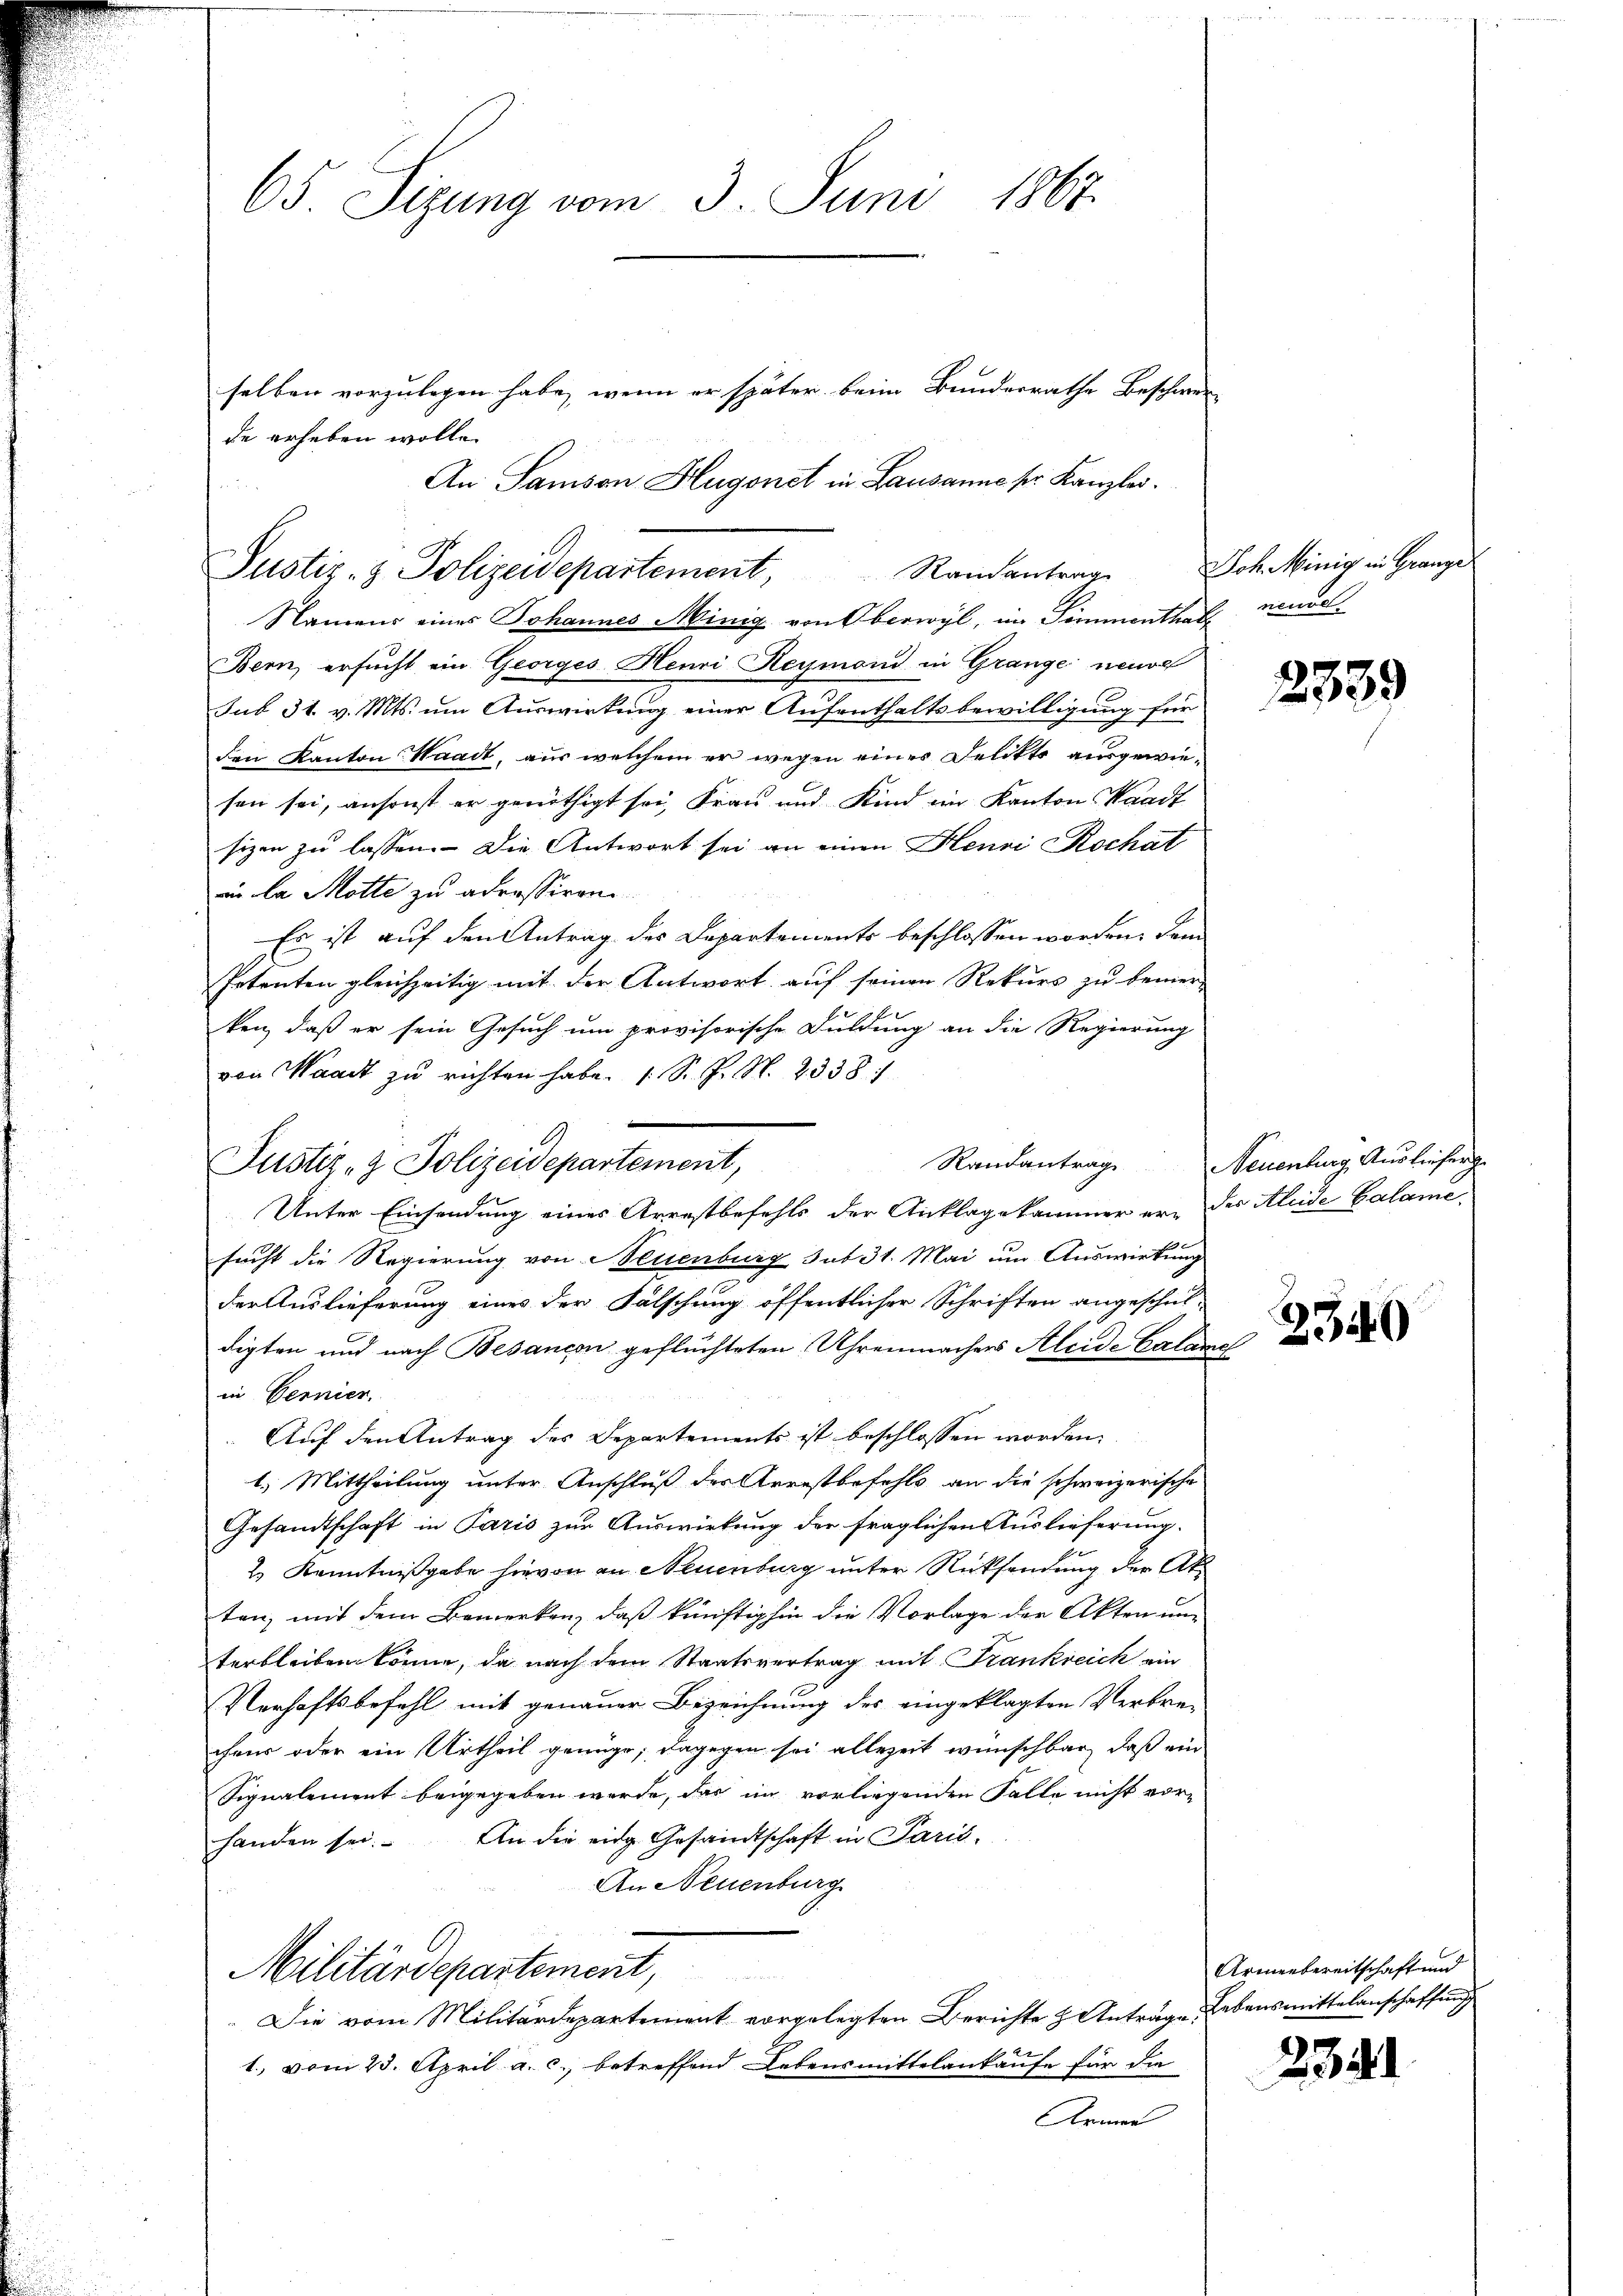
Namens eines Johannes Minig von Oberwyl, im Simmenthal neuve
Bern, ersucht ein Georges Henri Reymond in Grange neue
sub 31. v. Mts. um Auswirkung einer Aufenthaltsbewilligung für
den Kanton Waadt, aus welchem er wegen einer Delikte ausgewiesen sei, ansonst er genöthigt sei, Frau und Kind im Kanton Waadt
sizen zu lassen. Die Antwort sei an einen Henri Rochat
i la Motte zu adressiren
Es ist auf den Antrag des Departements beschlossen worden. Dem
Petenten gleichzeitig mit der Antwort auf seinen Rekurs zu bemerken, daß er sein Gesuch um provisorische Duldung an die Regierung
von Waadt zu richten habe. (S. P. N. 2338
Unter Einsendung eines Arrestbefehls der Anklagekammer er- der Aleide Calamasucht die Regierung von Neuenburg sub 31. Mai um Auswirkung
der Auslieferung eines der Fälschung öffentlicher Schriften angeschuldigten und nach Besançon geflüchteten Uhrenmachers Aleide Calame
in Vernier.
Auf den Antrag des Departements ist beschlossen worden.
1.) Mittheilung unter Anschluß des Arrestbefehls an die schweizerische
Gesandtschaft in Paris zur Auswirkung der fraglichen Auslieferung.
2.) Kenntnißgabe hievon an Neuenburg unter Rücksendung der Akten, mit dem Bemerken, daß künftighin die Vorlage der Akten un
terbleiben könne, da nach dem Staatsvertrag mit Frankreich ein
Verhaftsbefehl mit genauer Bezeichnung des eingeklagten Verbrechens oder ein Urtheil genüge; dagegen sei allezeit wünschbar, daß ein
Signalement beigegeben werde, das im vorliegenden Falle nicht vor-
handen sei. An die eidg. Gesandtschaft in Paris.
An Neuenburg
Militärdepartement,
.Die vom Militärdepartement vorgelegten Berichte Anträge Lebensmittelanschaffung
1., vom 23. April a. c., betreffend Lebensmittelankaufe für die
Armen

65 Sizung vom 3. Juni 1867.

de erheben wolle.
e
Justiz- & Polizeidepartement, Ramantrag Joh. Minig in Granze

e
Justiz- & Polizeidepartement,

selben vorzulegen habe, wenn er später beim Bundesrathe Beschwer-
An Samson Hugonst in Lausanne sr. Kanzlei.

2339

Randantrag. Neuenburg, Auslieferg

2340

Armenbereitschaft und

2341